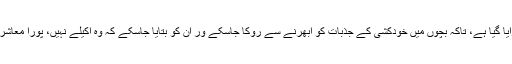
ان کو ہنگامی طور پر بنوایا گیا ہے، تاکہ بچوں میں خودکشی کے جذبات کو ابھرنے سے روکا جاسکے ور ان کو بتایا جاسکے کہ وہ اکیلے نہیں، پورا معاشرہ ان کے ساتھ کھڑا ہے‘‘۔